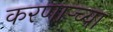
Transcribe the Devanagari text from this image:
करणार्‍च्या